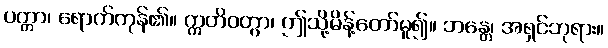
ပတ္တာ၊ ရောက်ကုန်၏။ ဣတိဝတွာ၊ ဤသို့မိန့်တော်မူ၍။ ဘန္တေ၊ အရှင်ဘုရား။